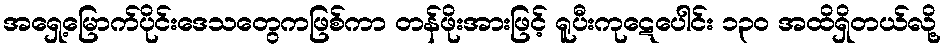
အရှေ့မြောက်ပိုင်းဒေသတွေကဖြစ်ကာ တန်ဖိုးအားဖြင့် ရူပီးကုဋေပေါင်း ၁၃၀ အထိရှိတယ်လို့